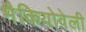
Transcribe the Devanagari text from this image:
मैकियोवेली